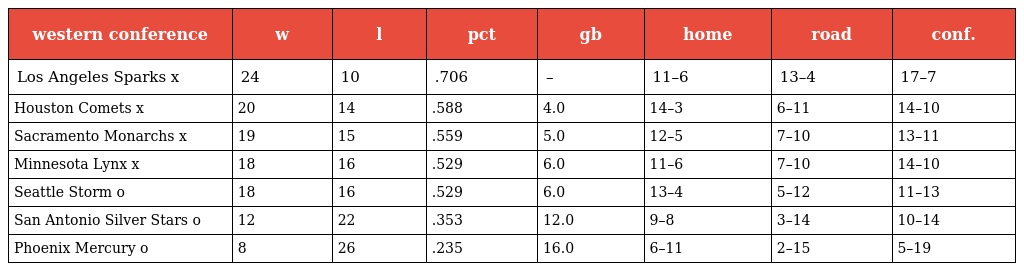
| western conference | w | l | pct | gb | home | road | conf. |
 | --- | --- | --- | --- | --- | --- | --- | --- |
 | Los Angeles Sparks x | 24 | 10 | .706 | – | 11–6 | 13–4 | 17–7 |
 | Houston Comets x | 20 | 14 | .588 | 4.0 | 14–3 | 6–11 | 14–10 |
 | Sacramento Monarchs x | 19 | 15 | .559 | 5.0 | 12–5 | 7–10 | 13–11 |
 | Minnesota Lynx x | 18 | 16 | .529 | 6.0 | 11–6 | 7–10 | 14–10 |
 | Seattle Storm o | 18 | 16 | .529 | 6.0 | 13–4 | 5–12 | 11–13 |
 | San Antonio Silver Stars o | 12 | 22 | .353 | 12.0 | 9–8 | 3–14 | 10–14 |
 | Phoenix Mercury o | 8 | 26 | .235 | 16.0 | 6–11 | 2–15 | 5–19 |